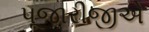
પૂજારીજીએ